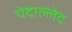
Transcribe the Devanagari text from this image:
पेदाल्लेद